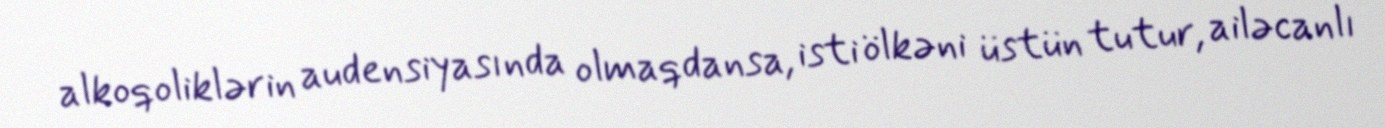
alkoqoliklərin audensiyasında olmaqdansa, isti ölkəni üstün tutur, ailəcanlı